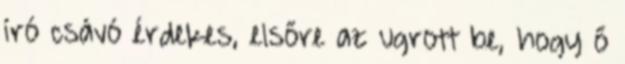
író csávó érdekes, elsőre az ugrott be, hogy ő